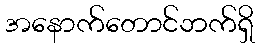
အနောက်တောင်ဘက်ရှိ